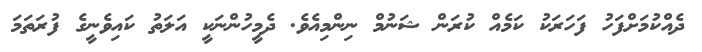
ދެއްކުމަށްފަހު ފަހަރަކު ކަމެއް ކުރަން ޝަނުމް ނިންމިއެވެ. ދެމީހުންނަކީ އަލަތު ކައިވެނީގެ ފުރަތަމަ